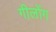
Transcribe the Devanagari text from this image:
गीलोंग